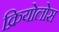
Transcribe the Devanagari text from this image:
क्रियोलोस